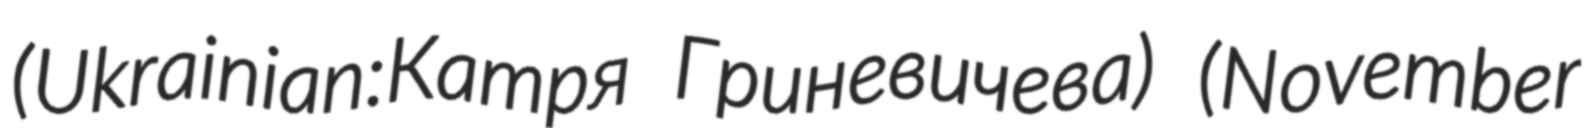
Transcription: (Ukrainian:Катря Гриневичева) (November